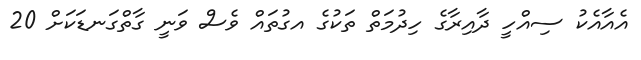
އެއާއެކު ސިއްހީ ދާއިރާގެ ހިދުމަތް ތަކުގެ އގުތައް ވެސް ވަނީ ގާތްގަނޑަކަށް 20